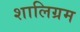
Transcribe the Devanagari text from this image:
शालिग्रम